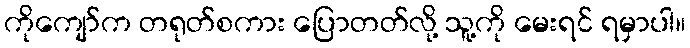
ကိုကျော်က တရုတ်စကား ပြောတတ်လို့ သူ့ကို မေးရင် ရမှာပါ။